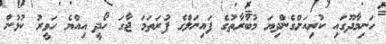
ހަނިމާދޫގައި ކުރިއަށްގެންދިޔަ މުބާރާތުގެ ފައިނަލްގެ ފުރަތަމަ ޖާގަ ހޯދީ އިއްޔެ ހަވީރު ކުޅުން